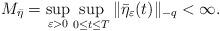
LaTeX: \begin{align*}M_{\bar{\eta}}=\sup_{\varepsilon >0}\sup_{0\leq t\leq T}\Vert \bar{\eta}_{\varepsilon }(t)\Vert _{-q}<\infty . \end{align*}